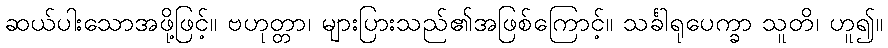
ဆယ်ပါးသောအဖို့ဖြင့်။ ဗဟုတ္တာ၊ များပြားသည်၏အဖြစ်ကြောင့်။ သင်္ခါရုပေက္ခာ သူတိ၊ ဟူ၍။